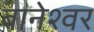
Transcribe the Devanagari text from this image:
बानेश्वर